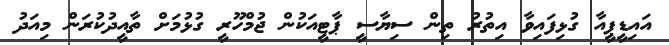
އައިޑީޕީއާ ގުޅިފައިވާ އިތުރު ތިން ސިޔާސީ ޕާޓީއަކުން ޖުމްހޫރީ ގުޅުމަށް ތާއީދުކުރަން މިއަދު